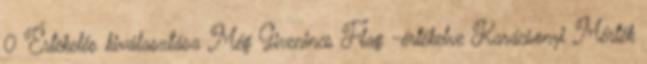
0 Értékelés kiválasztása Még Givenincs Flag -értékelve Karácsonyi Mérték